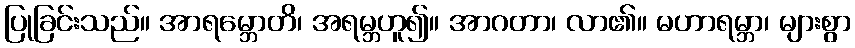
ပြုခြင်းသည်။ အာရမ္ဘောတိ၊ အရမ္ဘဟူ၍။ အာဂတာ၊ လာ၏။ မဟာရမ္ဘာ၊ များစွာ